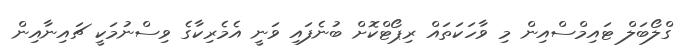
ގްލޯބަލް ޓައިމްސްއިން މި ވާހަކަތައް ރިޕޯޓްކޮށް ބުނެފައި ވަނީ އެމެރިކާގެ ވިސްނުމަކީ ޗައިނާއިން